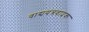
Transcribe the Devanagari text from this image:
वाद्ययंत्रवादक